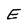
Character: E